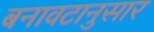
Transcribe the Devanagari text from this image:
बनावटानुसार